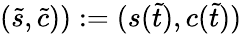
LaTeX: (\widetilde s,\widetilde c)):=(s(\widetilde t),c(\widetilde t))